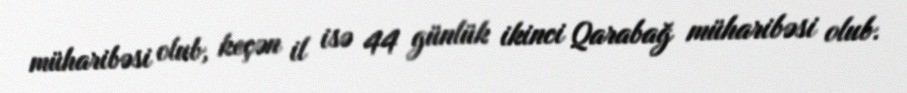
müharibəsi olub, keçən il isə 44 günlük ikinci Qarabağ müharibəsi olub.